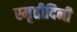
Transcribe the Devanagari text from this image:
स्मृतीदिनी